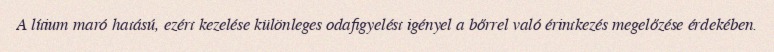
A lítium maró hatású, ezért kezelése különleges odafigyelést igényel a bőrrel való érintkezés megelőzése érdekében.